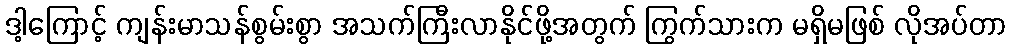
ဒါ့ကြောင့် ကျန်းမာသန်စွမ်းစွာ အသက်ကြီးလာနိုင်ဖို့အတွက် ကြွက်သားက မရှိမဖြစ် လိုအပ်တာ